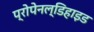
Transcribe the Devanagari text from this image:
प्रोपेनल्डिहाइड